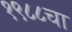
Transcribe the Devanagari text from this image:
१९८८चा